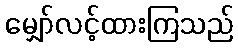
မျှော်လင့်ထားကြသည်